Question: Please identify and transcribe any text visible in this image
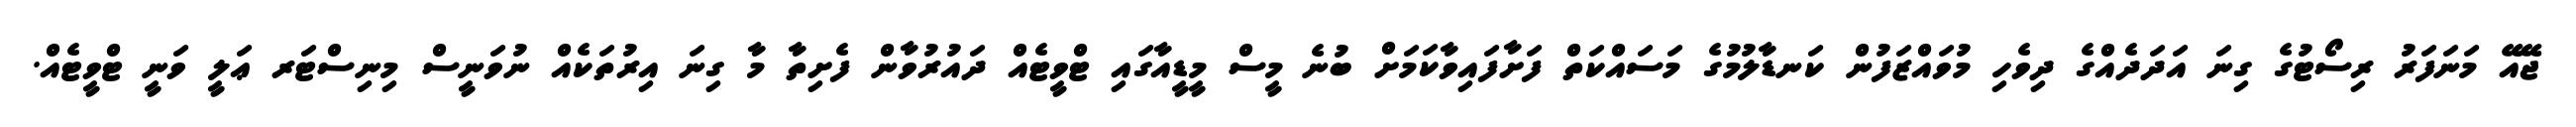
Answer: ޖޭއޭ މަނަފަރު ރިސޯޓުގެ ގިނަ އަދަދެއްގެ ދިވެހި މުވައްޒަފުން ކަނޑާލުމުގެ މަސައްކަތް ފަށާފައިވާކަމަށް ބުނެ މީސް މީޑީއާގައި ޓްވީޓެއް ދައުރުވާން ފެށިތާ މާ ގިނަ އިރުތަކެއް ނުވަނީސް މިނިސްޓަރ ޢަލީ ވަނީ ޓްވީޓެއް.